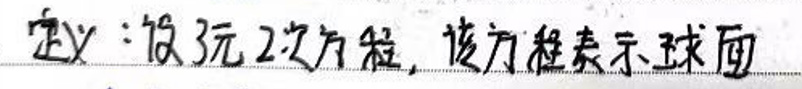
定义：设三元二次方程，该方程表示球面